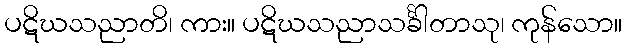
ပဋိဃသညာတိ၊ ကား။ ပဋိဃသညာသင်္ခါတာသု၊ ကုန်သော။